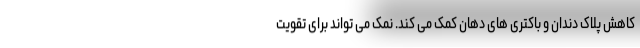
کاهش پلاک دندان و باکتری های دهان کمک می کند. نمک می تواند برای تقویت